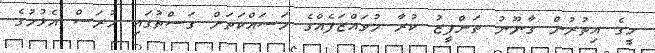
މީގެ އިތުރުން ގާނޫނު ތަންފީޒު ކުރާ މުވައްޒަފެއްގެ މަސައްކަތަށް ގަސްތުގައި ހުރަސް އެޅުމުގެ